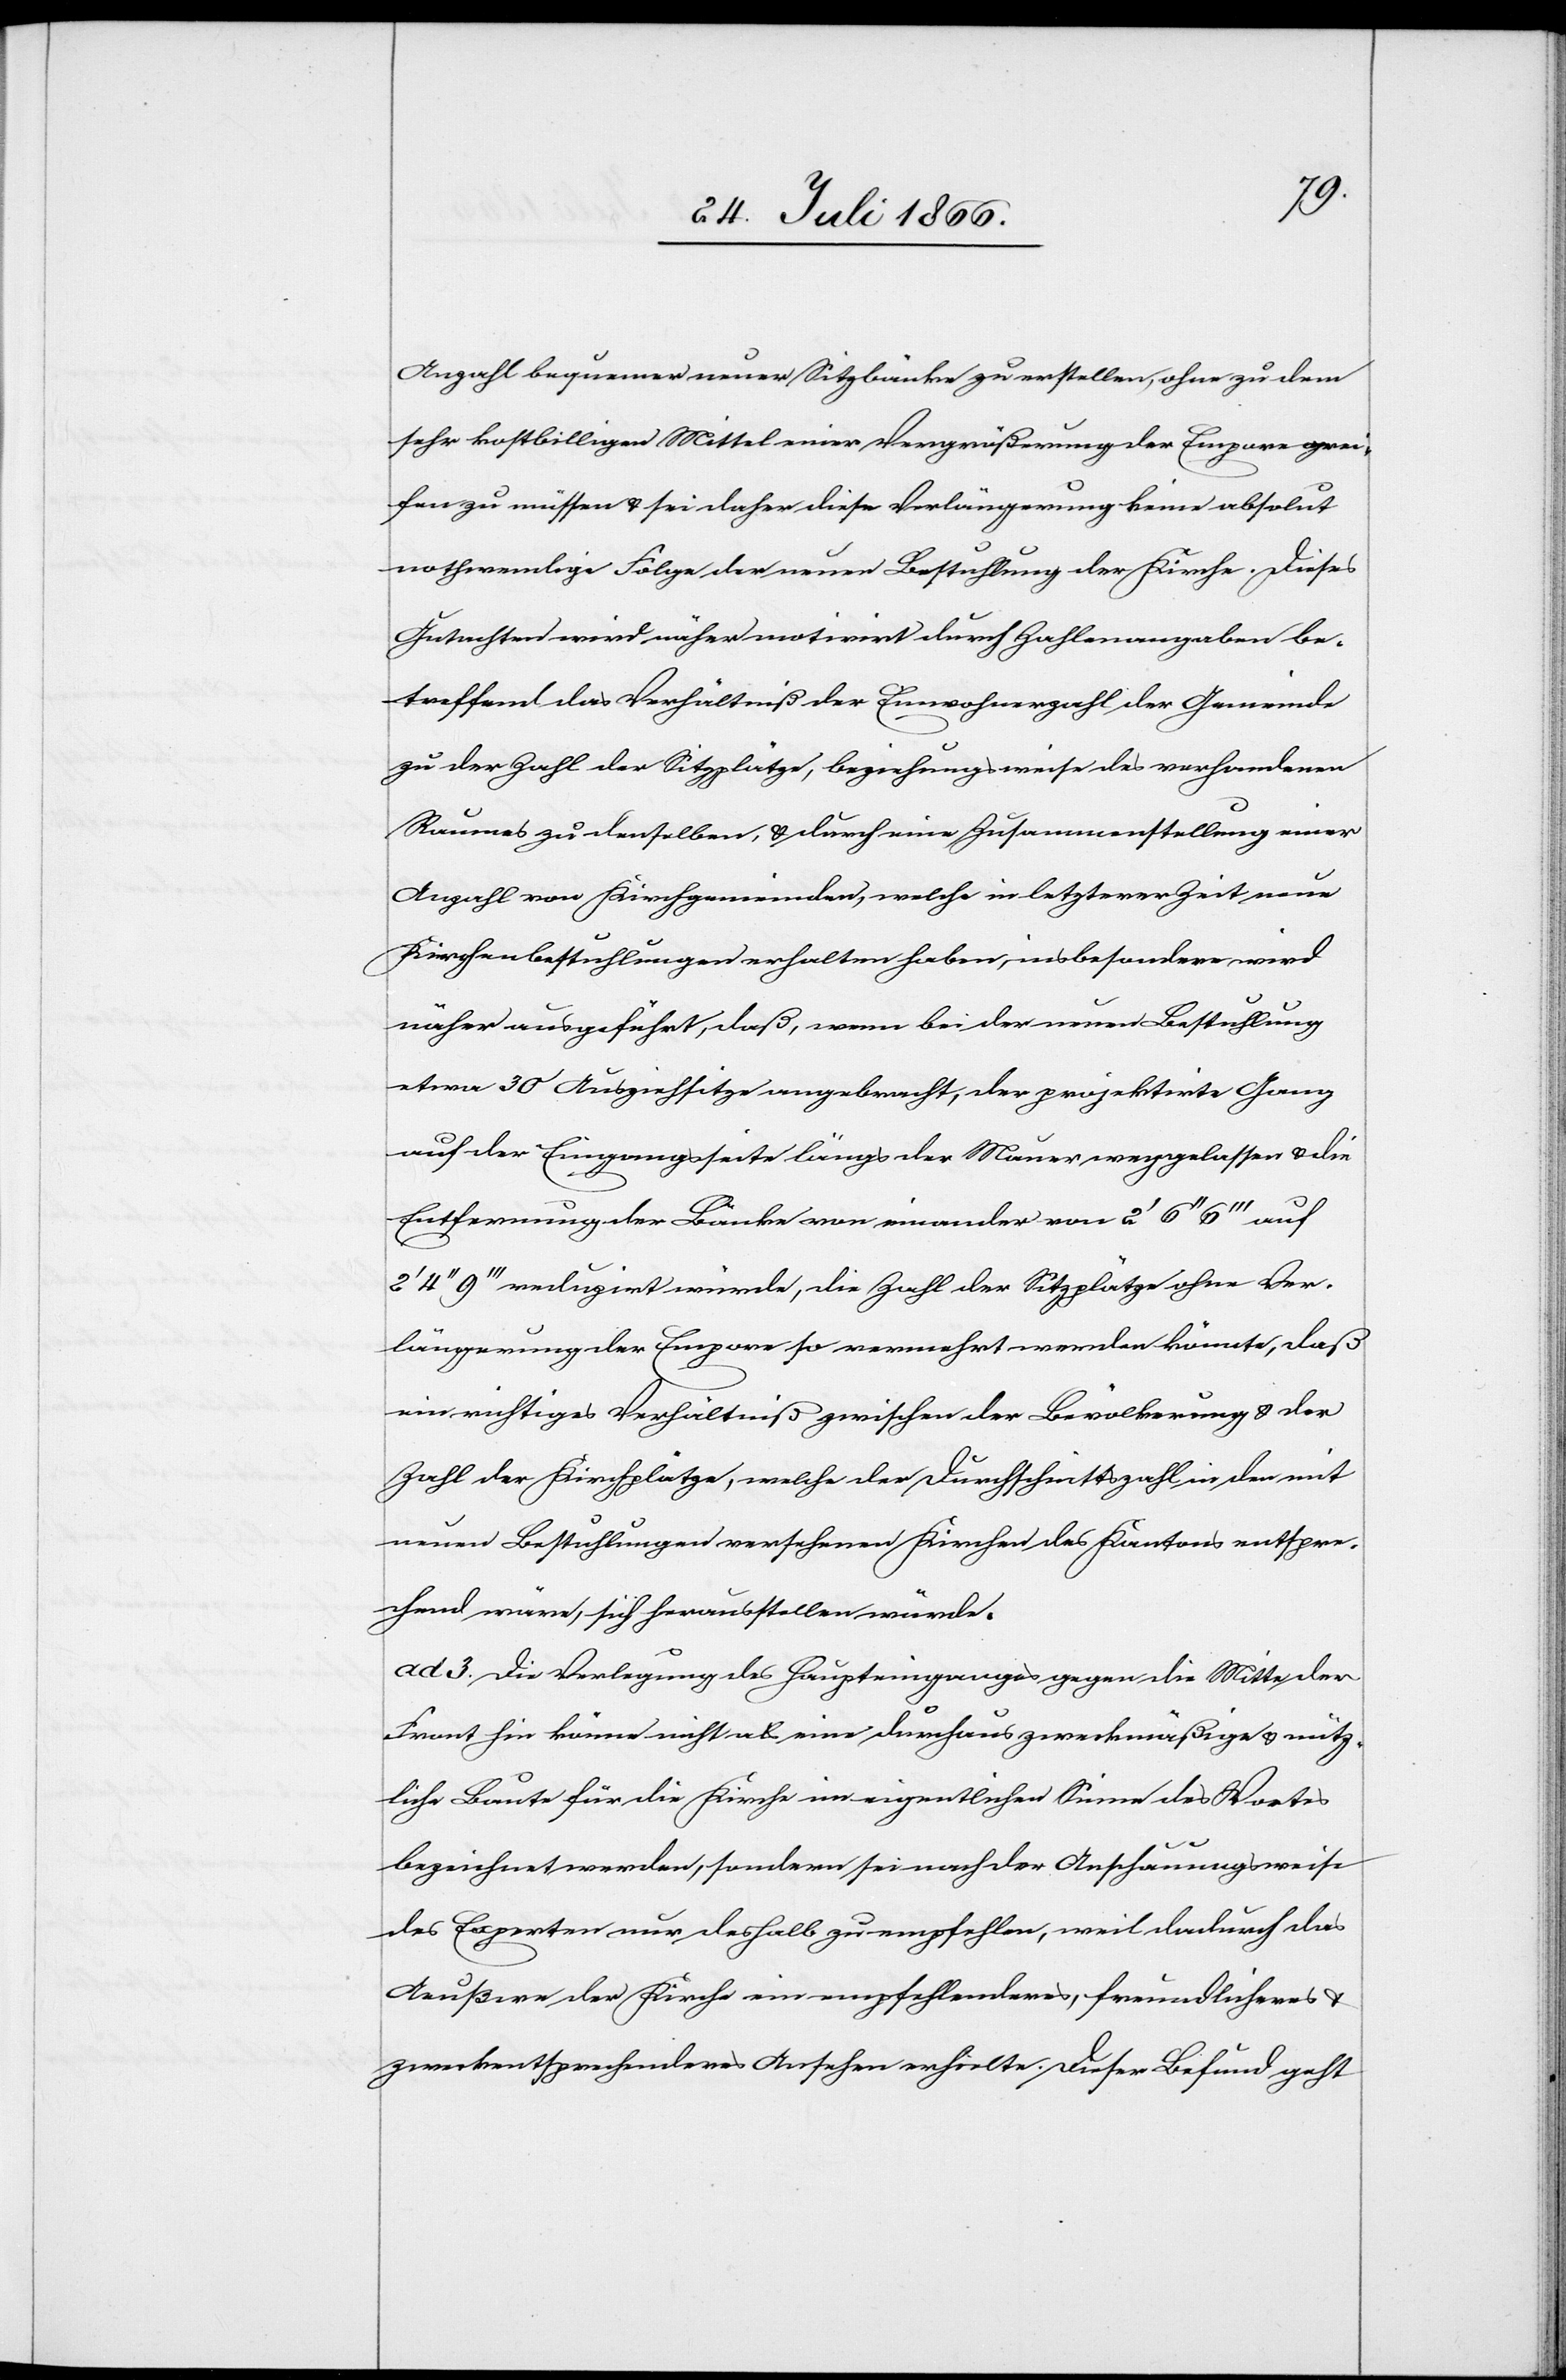
Anzahl bequemer neuer Sitzbänke zu erstellen, ohne zu dem
sehr kostbilligen Mittel einer Vergrößerung der Empore grei¬
fen zu müssen u. sei daher diese Verlängerung keine absolut
nothwendige Folge der neuen Bestuhlung der Kirche. Dieses
Gutachten wird näher motivirt durch Zahlenangaben be¬
treffend das Verhältniß der Einwohnerzahl der Gemeinde
zu der Zahl der Sitzplätze, beziehungsweise des vorhandenen
Raumes zu denselben, u. durch eine Zusammenstellung einer
Anzahl von Kirchgemeinden, welche in letzterer Zeit neue
Kirchenbestuhlungen erhalten haben, insbesondere wird
näher ausgeführt, daß, wenn bei der neuen Bestuhlung
etwa 30 Aufziehsitze angebracht, der projektirte Gang
auf der Eingangsseite längs der Mauer weggelassen u. die
Entfernung der Bänke von einander von 2‘ 6‘‘ 6‘‘‘ auf
2‘ 4‘‘ 9‘‘‘ reduzirt würde, die Zahl der Sitzplätze ohne Ver¬
längerung der Empore so vermehrt werden könnte, daß
ein richtiges Verhältniß zwischen der Bevölkerung u. der
Zahl der Kirchplätze, welche der Durchschnittszahl in den mit
neuen Bestuhlungen versehenen Kirchen des Kantons entspre¬
chend wäre, sich herausstellen würde.
ad 3. Die Verlegung des Haupteingangs gegen die Mitte der
Front hin könne nicht als eine durchaus zweckmäßige u. nütz¬
liche Baute für die Kirche im eigentlichen Sinne des Wortes
bezeichnet werden, sondern sei nach der Anschauungsweise
des Experten nur deshalb zu empfehlen, weil dadurch das
Aeußere der Kirche ein empfehlenderes, freundlicheres
zweckentsprechenderes Ansehen erhielte. Dieser Befund geht